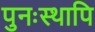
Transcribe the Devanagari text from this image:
पुनःस्थापि